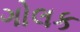
ગોલક